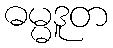
ဓမ္မဒူတ